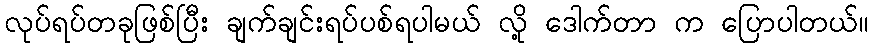
လုပ်ရပ်တခုဖြစ်ပြီး ချက်ချင်းရပ်ပစ်ရပါမယ် လို့ ဒေါက်တာ က ပြောပါတယ်။